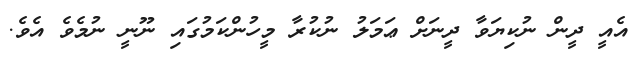
އެއީ ދީން ނުކިޔަވާ ދީނަށް ޢަމަލު ނުކުރާ މީހުންކަމުގައި ނޫނީ ނުމެވެ އެވެ.